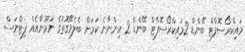
މައިކްރޯސޮފްޓް ބޭންޑް 2މައިކްރޯސޮފްޓް ބޭންޑް 2 އިންނާނެ ކަމަށް ބެލެވޭގޮތުގެ ނަމޫނާއެއް ފިޓްނަސް